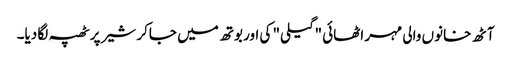
آٹھ خانوں والی مہر اٹھائی "گیلی" کی اور بوتھ میں جاکر شیر پر ٹھپہ لگا دیا۔